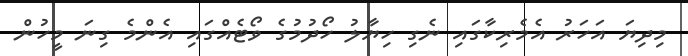
މިދިޔަ އަހަރު އެމެރިކާގައި ނެގި ހިޔާލު ހޯދުމުގެ ވޯޓެއްގައި އެންމެ ގިނަ މީހުން